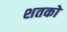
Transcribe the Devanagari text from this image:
शतको